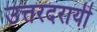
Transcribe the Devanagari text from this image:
उत्तरदरायी